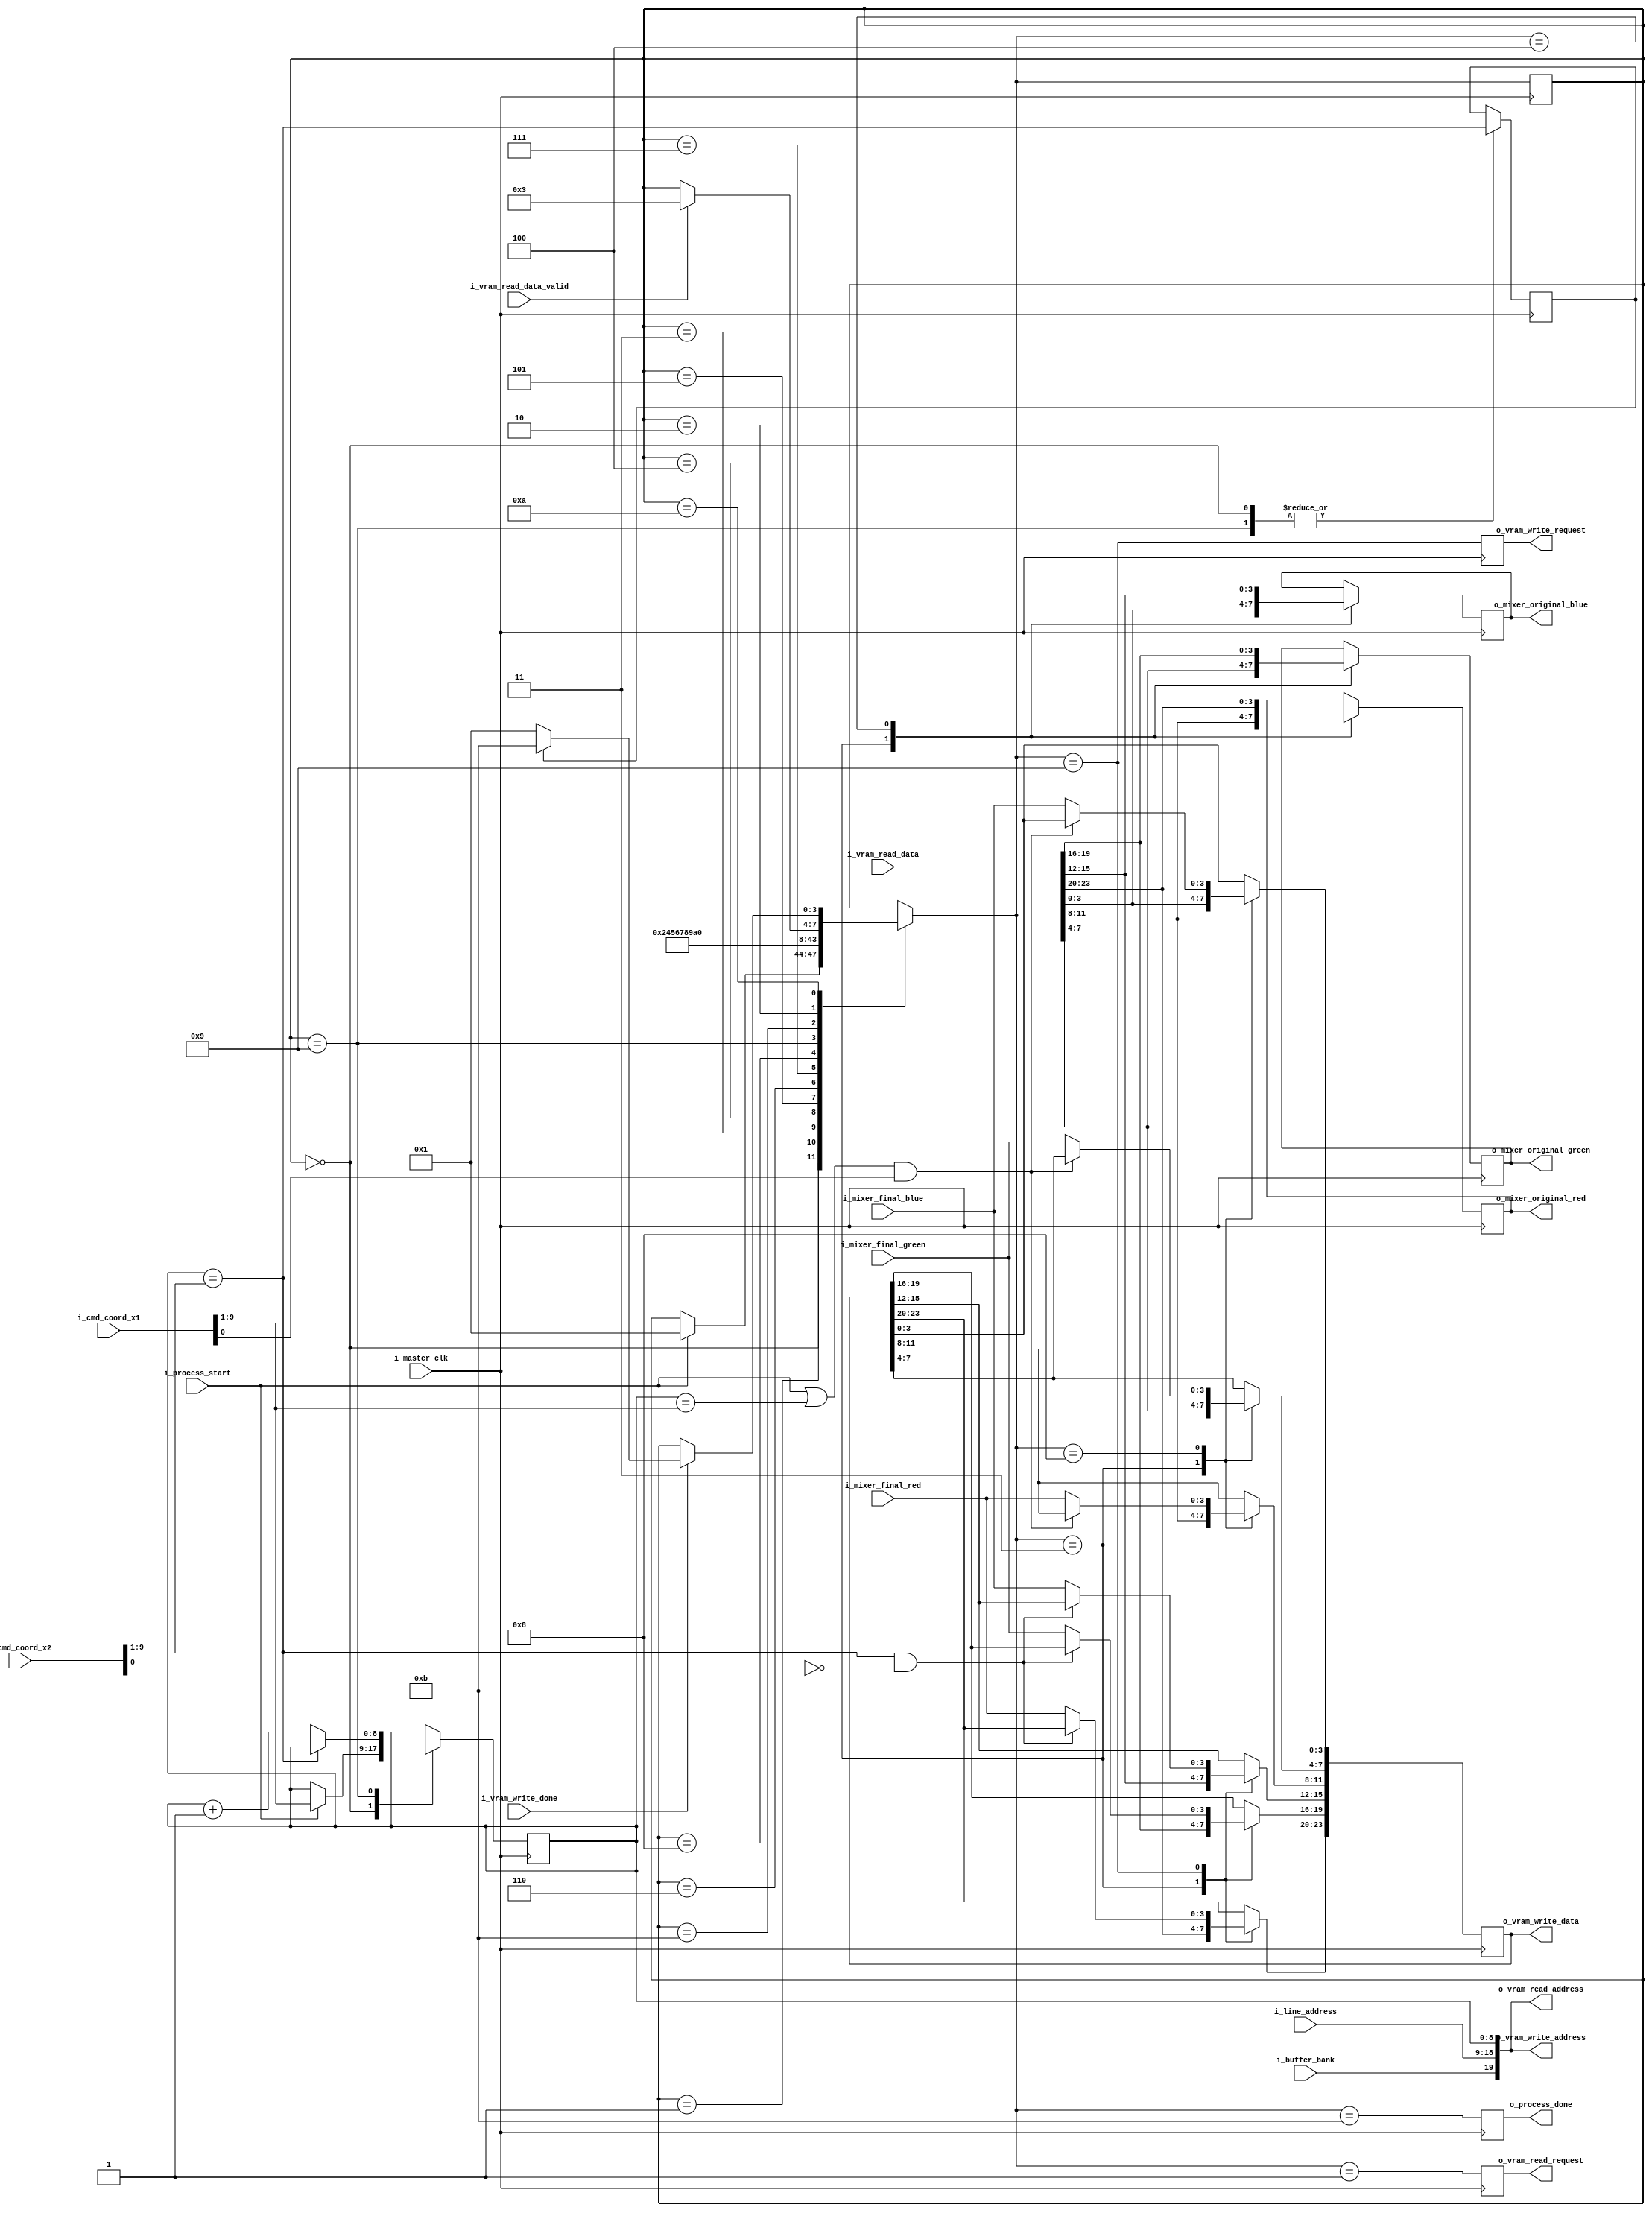
module RendererRectMix(
        // clock
        i_master_clk,

        // line coordinates
        i_cmd_coord_x1,
        i_cmd_coord_x2,
        i_line_address,

        // COLOR MIXER interface
        o_mixer_original_red,
        o_mixer_original_green,
        o_mixer_original_blue,
        i_mixer_final_red,
        i_mixer_final_green,
        i_mixer_final_blue,

        // RENDERER interface
        i_process_start,
        o_process_done,

        // BUFFER CONTROLLER interface
        i_buffer_bank,

        // VIDEO RAM READ interface
        o_vram_read_address,
        o_vram_read_request,
        i_vram_read_data,
        i_vram_read_data_valid,

        // VIDEO RAM WRITE interface
        o_vram_write_address,
        o_vram_write_data,
        o_vram_write_request,
        i_vram_write_done

    );

    input           i_master_clk;

    input[9:0]      i_cmd_coord_x1;
    input[9:0]      i_cmd_coord_x2;
    input[9:0]      i_line_address;

    output[3:0]     o_mixer_original_red;
    output[3:0]     o_mixer_original_green;
    output[3:0]     o_mixer_original_blue;
    input[3:0]      i_mixer_final_red;
    input[3:0]      i_mixer_final_green;
    input[3:0]      i_mixer_final_blue;

    input           i_process_start;
    output          o_process_done;

    input           i_buffer_bank;

    output[19:0]    o_vram_read_address;
    output          o_vram_read_request;
    input[23:0]     i_vram_read_data;
    input           i_vram_read_data_valid;

    output[19:0]    o_vram_write_address;
    output[23:0]    o_vram_write_data;
    output          o_vram_write_request;
    input           i_vram_write_done;

    // ***********************************************
    // **                                           **
    // **   STATE MACHINE                           **
    // **                                           **
    // ***********************************************

    localparam STATE_IDLE                   = 0;
    localparam STATE_READ_TUPPLE            = 1;
    localparam STATE_READ_TUPPLE_WAIT       = 2;
    localparam STATE_MIX_PIXEL_LO           = 3;
    localparam STATE_MIX_PIXEL_HI           = 4;
    localparam STATE_MIX_WAIT1              = 5;
    localparam STATE_MIX_WAIT2              = 6;
    localparam STATE_MIX_WAIT3              = 7;
    localparam STATE_MIX_WAIT4              = 8;
    localparam STATE_WRITE_TUPPLE           = 9;
    localparam STATE_WRITE_TUPPLE_WAIT      = 10;
    localparam STATE_DONE                   = 11;

    reg[3:0]        r_state = STATE_IDLE;
    reg[3:0]        w_next_state;

    always @(*) begin
        w_next_state = r_state;

        case (r_state)

            STATE_IDLE: begin
                if (i_process_start)
                    w_next_state = STATE_READ_TUPPLE;
            end

            STATE_READ_TUPPLE:      w_next_state = STATE_READ_TUPPLE_WAIT;
            STATE_MIX_PIXEL_LO:     w_next_state = STATE_MIX_PIXEL_HI;
            STATE_MIX_PIXEL_HI:     w_next_state = STATE_MIX_WAIT1;
            STATE_MIX_WAIT1:        w_next_state = STATE_MIX_WAIT2;
            STATE_MIX_WAIT2:        w_next_state = STATE_MIX_WAIT3;
            STATE_MIX_WAIT3:        w_next_state = STATE_MIX_WAIT4;
            STATE_MIX_WAIT4:        w_next_state = STATE_WRITE_TUPPLE;
            STATE_WRITE_TUPPLE:     w_next_state = STATE_WRITE_TUPPLE_WAIT;
            STATE_DONE:             w_next_state = STATE_IDLE;

            STATE_READ_TUPPLE_WAIT: begin
                if (i_vram_read_data_valid)
                    w_next_state = STATE_MIX_PIXEL_LO;
            end

            STATE_WRITE_TUPPLE_WAIT: begin
                if (i_vram_write_done) begin
                    if (r_last_tupple)
                        w_next_state = STATE_DONE;
                    else
                        w_next_state = STATE_READ_TUPPLE;
                end
            end

        endcase
    end

    always @(posedge i_master_clk)
        r_state <= w_next_state;

    // done flag
    reg     r_flag_done = 0;

    always @(posedge i_master_clk)
        r_flag_done = (w_next_state == STATE_DONE);

    assign o_process_done = r_flag_done;

    // ***********************************************
    // **                                           **
    // **   TUPPLE COUNTER & READ                   **
    // **                                           **
    // ***********************************************

    // tupple address
    reg[8:0]    r_tupple_address;

    // last tupple
    wire        w_last_tupple = (r_tupple_address == i_cmd_coord_x2[9:1]);
    reg         r_last_tupple = 0;

    // first tupple
    wire        w_first_tupple = (i_process_start || r_tupple_address == i_cmd_coord_x1[9:1]);

    always @(posedge i_master_clk) begin
        case (r_state)

            STATE_IDLE: begin
                if (i_process_start)
                    r_tupple_address <= i_cmd_coord_x1[9:1];
                r_last_tupple <= w_last_tupple;
            end

            STATE_WRITE_TUPPLE: begin
                if (!w_last_tupple)
                    r_tupple_address <= r_tupple_address + 1;
                r_last_tupple <= w_last_tupple;
            end

        endcase
    end

    assign o_vram_read_address = { i_buffer_bank, i_line_address, r_tupple_address };
    

    // ***********************************************
    // **                                           **
    // **   READ TUPPLE                             **
    // **                                           **
    // ***********************************************

    // request
    reg         r_tupple_read_request = 0;

    always @(posedge i_master_clk)
        r_tupple_read_request <= (w_next_state == STATE_READ_TUPPLE);

    assign o_vram_read_request = r_tupple_read_request;
    
    // ***********************************************
    // **                                           **
    // **   WRITE TUPPLE                            **
    // **                                           **
    // ***********************************************

    // write request
    reg         r_write_request = 0;

    always @(posedge i_master_clk)
        r_write_request <= (w_next_state == STATE_WRITE_TUPPLE);

    assign o_vram_write_request = r_write_request;
    assign o_vram_write_address = { i_buffer_bank, i_line_address, r_tupple_address };
    assign o_vram_write_data = r_tupple_value;


    // ***********************************************
    // **                                           **
    // **   COLOR MIXING                            **
    // **                                           **
    // ***********************************************

    // tupple masking
    wire    w_mask_lo = (w_first_tupple && i_cmd_coord_x1[0]==1);
    wire    w_mask_hi = (w_last_tupple && i_cmd_coord_x2[0]==0);

    // mixer input color
    reg[3:0]    r_mixer_red;
    reg[3:0]    r_mixer_green;
    reg[3:0]    r_mixer_blue;

    always @(posedge i_master_clk) begin
        case (w_next_state)

            STATE_MIX_PIXEL_LO: begin
                r_mixer_red <= i_vram_read_data[11:8];
                r_mixer_green <= i_vram_read_data[7:4];
                r_mixer_blue <= i_vram_read_data[3:0];
            end

            STATE_MIX_PIXEL_HI: begin
                r_mixer_red <= i_vram_read_data[23:20];
                r_mixer_green <= i_vram_read_data[19:16];
                r_mixer_blue <= i_vram_read_data[15:12];
            end

        endcase
    end

    assign o_mixer_original_red = r_mixer_red;
    assign o_mixer_original_green = r_mixer_green;
    assign o_mixer_original_blue = r_mixer_blue;

    // final tuple value
    reg[23:0]   r_tupple_value;

    always @(posedge i_master_clk) begin
        case (w_next_state)

            STATE_MIX_PIXEL_LO:
                r_tupple_value <= i_vram_read_data;

            STATE_MIX_WAIT4: begin
                if (!w_mask_lo) begin
                    r_tupple_value[11:8] <= i_mixer_final_red;
                    r_tupple_value[7:4] <= i_mixer_final_green;
                    r_tupple_value[3:0] <= i_mixer_final_blue;
                end
            end

            STATE_WRITE_TUPPLE: begin
                if (!w_mask_hi) begin
                    r_tupple_value[23:20] <= i_mixer_final_red;
                    r_tupple_value[19:16] <= i_mixer_final_green;
                    r_tupple_value[15:12] <= i_mixer_final_blue;
                end
            end

        endcase
    end

endmodule